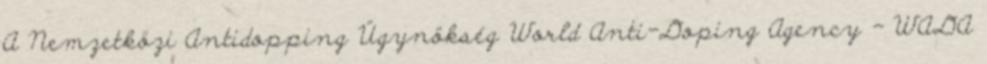
A Nemzetközi Antidopping Ügynökség World Anti-Doping Agency - WADA